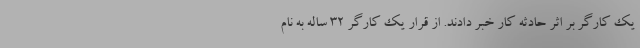
یک کارگر بر اثر حادثه کار خبر دادند. از قرار یک کارگر ۳۲ ساله به نام